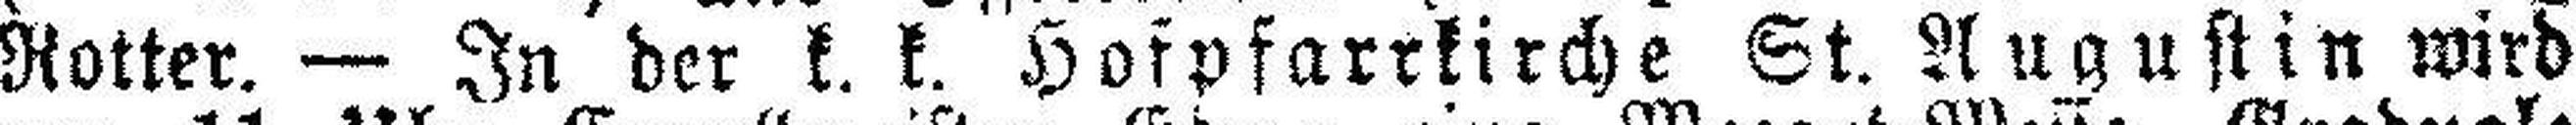
Rotter. — In der k. k. Hofpfarrkirche St. Augustin wird